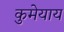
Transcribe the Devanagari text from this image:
कुमेयाय